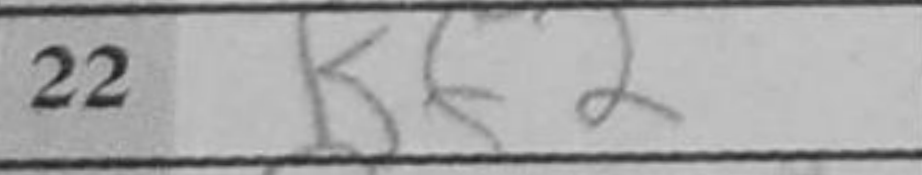
Transcription: Kf2